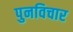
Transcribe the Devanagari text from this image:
पुनविचार